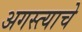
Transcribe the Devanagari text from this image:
अगस्त्याचे